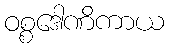
ဝစ္စဒေါဏိကာယ